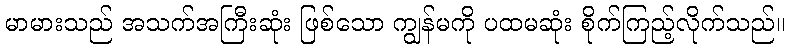
မာမားသည် အသက်အကြီးဆုံး ဖြစ်သော ကျွန်မကို ပထမဆုံး စိုက်ကြည့်လိုက်သည်။